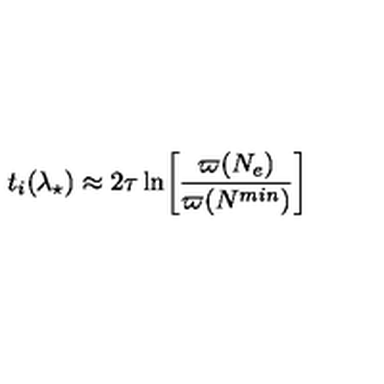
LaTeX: t _ { i } ( \lambda _ { \star } ) \approx 2 \tau \ln \biggr [ \frac { \varpi ( N _ { e } ) } { \varpi ( N ^ { m i n } ) } \biggl ]